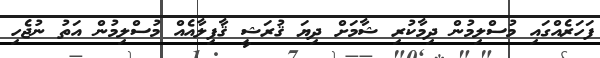
ފަހަރެއްގައި މުސްލިމުން ދިމާކުރި ޝާމަށް ދިޔަ ޤުރަޝީ ޤާފިލާއެއް މުސްލިމުން އަތު ނުޖެހި